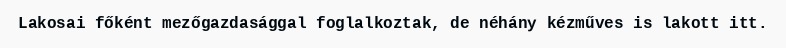
Lakosai főként mezőgazdasággal foglalkoztak, de néhány kézműves is lakott itt.